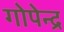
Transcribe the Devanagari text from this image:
गोपेन्द्र